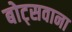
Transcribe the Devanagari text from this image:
बोट्सवाना